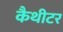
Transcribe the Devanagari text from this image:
कैथीटर